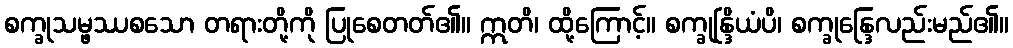
စက္ခုသမ္ဖဿစသော တရားတို့ကို ပြုစေတတ်၏။ ဣတိ၊ ထို့ကြောင့်။ စက္ခုန္ဒြိယံပိ၊ စက္ခုန္ဒြေလည်းမည်၏။